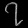
Digit: ၇